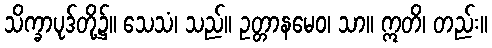
သိက္ခာပုဒ်တို့၌။ သေသံ၊ သည်။ ဥတ္တာနမေဝ၊ သာ။ ဣတိ၊ တည်း။